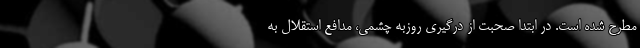
مطرح شده است. در ابتدا صحبت از درگیری روزبه چشمی، مدافع استقلال به